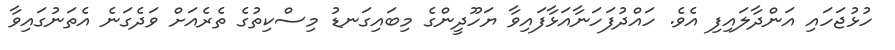
ހުޅުޖަހައި އަންދާލައިފި އެވެ. ހައްދުފަހަނާއަޅާފައިވާ ޔަހޫދީންގެ މިބައިގަނޑު މިސްކިތުގެ ތެރެއަށް ވަދެގަނެ އެތަނުގައިވާ